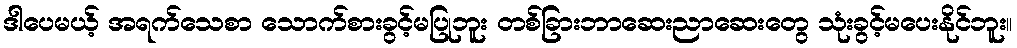
ဒါပေမယ့် အရက်သေစာ သောက်စားခွင့်မပြုဘူး တစ်ခြားဘာဆေးညာဆေးတွေ သုံးခွင့်မပေးနိုင်ဘူး။